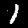
Label: 1